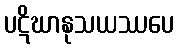
ပဋိဃာနုသယဿပေ